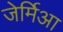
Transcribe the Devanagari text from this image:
जेर्मिआ